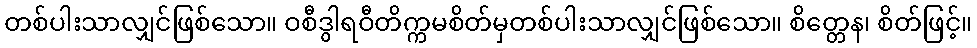
တစ်ပါးသာလျှင်ဖြစ်သော။ ဝစီဒွါရဝီတိက္ကမစိတ်မှတစ်ပါးသာလျှင်ဖြစ်သော။ စိတ္တေန၊ စိတ်ဖြင့်။